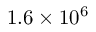
1 . 6 \times 1 0 ^ { 6 }